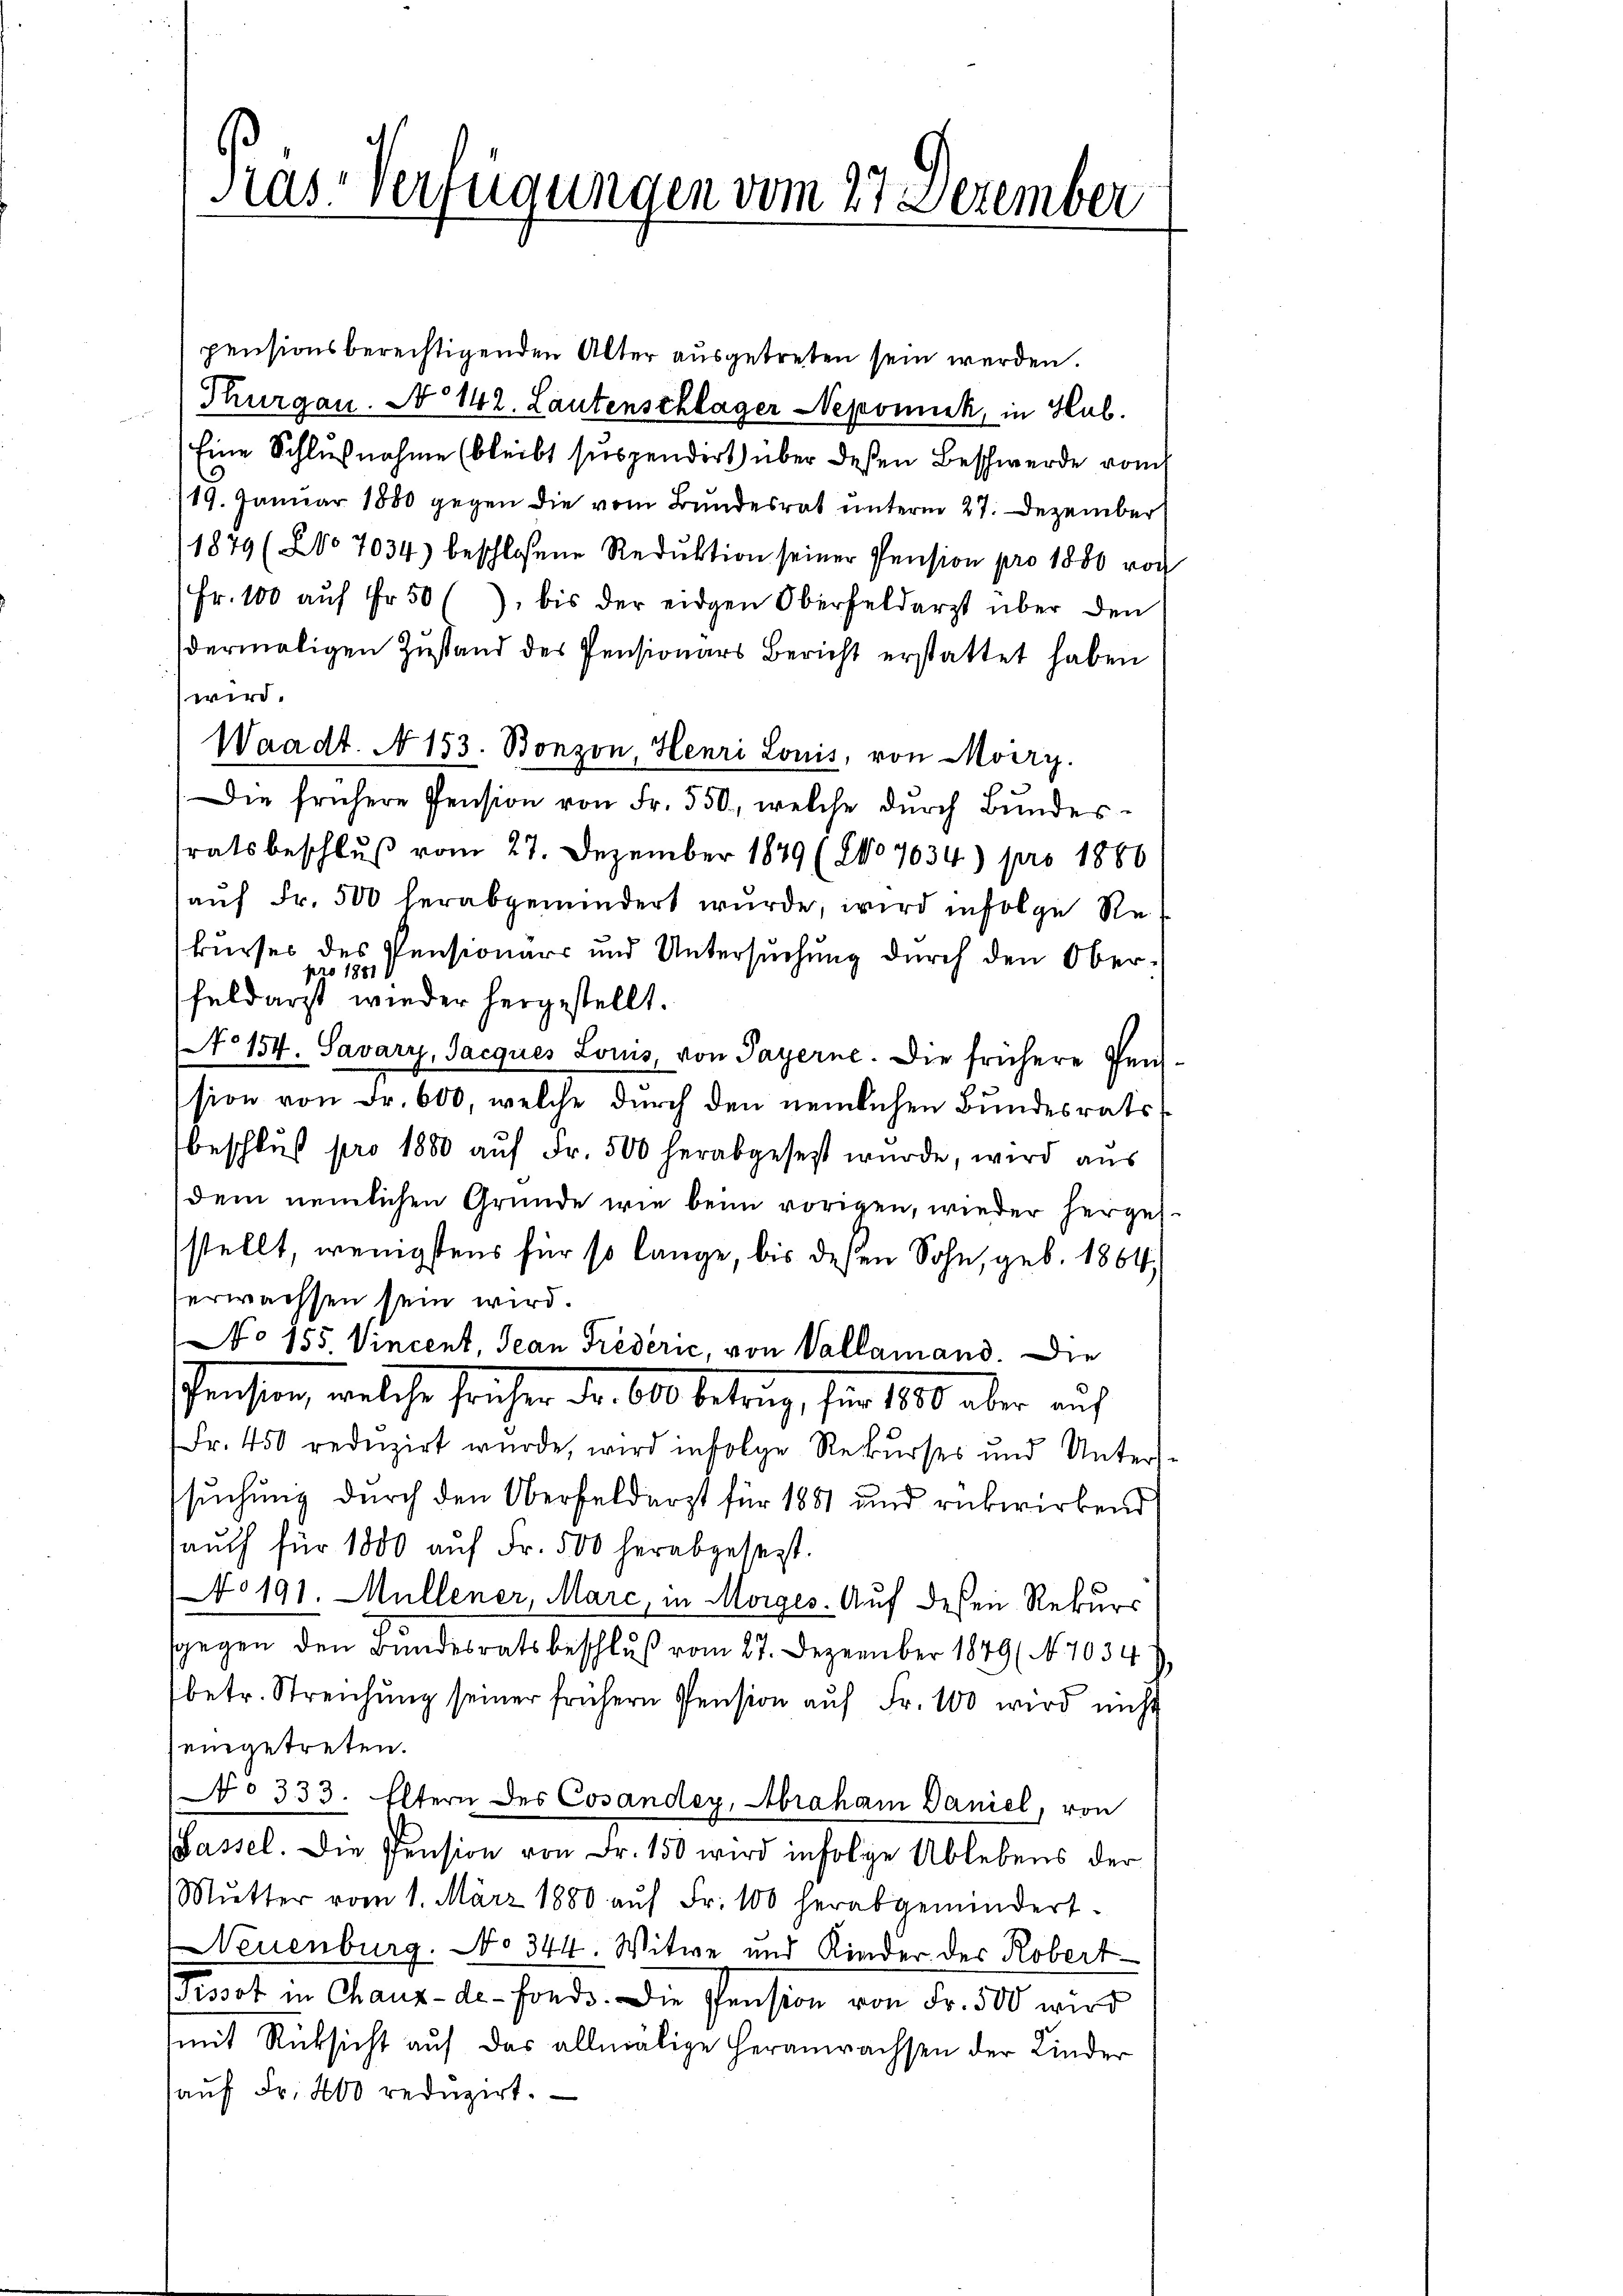
Kas-Verfügungen vom 27 Dezember

pensionsberechtigenden Alter ausgetreten sein werden.
Thurgau. No 142. Lautenschlager Nepomuck, in Hul
Eine Schlußnahme (bleibt suspendirt) über deßen Beschwerde vom
19. Januar 1880 gegen die vom Bundesrat unterm 27. Dezember
1879 (No 7034) beschlossene Reduktion seiner Pension pro 1880 von
Fr. 100 auf Fr. 50 (), bis der eidgen Oberfelderst über den
dermaligen Zustand des Pensionars Bericht erstattet haben
Waadt. A 153. Bonzon, Henri Louis, von Merz.
Die frühere Pension von Fr. 550, welche dŭrch Bundes-
ratsbeschluß vom 27. Dezember 1879 (2No 7034) pro 1886
aŭf Fr. 500 herabgemandert wŭrde, wird infolge Rekurses des Pensionärs und Untersuchung durch den Ober¬
28
881.
1
feldarzt wieder hergestellt.
No 154. Savary, Jacques Lois, von Payerne. Die frühere Pension von Fr. 600, welche durch den nemlichen Bundesratsbeschluß pro 1880 auf Fr. 500 herabgesetzt wurde, wird aus
dem nemlichen Grunde wie beim vorigen, wieder hergesstellt, wenigstens für so lange, bis deßen Sohn, geb. 1864,
erwachsen sein wird.
No 155. Vincent, Jean Frederić, von Vallamand. Die
Pension, welche sicher dr. 600 betrag, für 100 aber auf
Fr. 450 reduzirt wurde, wird infolge Rekurses und Unterssuchung durch den Oberfeldarzt für 1881 und rükwirkend
aŭch für 1800 aŭf Fr. 500 herabgesezt.
0191. Müllener, Marc, in Morges. Auf dessen Rekurs
sgegen den Bundesratsbeschluß vom 27. Dezember 1849 (7034
betr. Streichŭng seiner frühern Pension aŭf Fr. 100 wird nicht
eingetreten.
No 333. Eltern des Cosander, Abraham Daniel, von
Passel. Die Pension von Fr. 150 wird infolge Ablebens der
Mŭtter vom 1. März 1880 aŭf Fr. 100 herabgemindert.
Neuenburg. No 344. Witwe und Kinder der Robert
Pissot in Chaux-de-Fonds. Die Pension von Fr. 500 wird
mit Rücksicht auf das allmälige Heranwachsen der Kinder
aŭf Fr. 400 reduzirt.

wird.